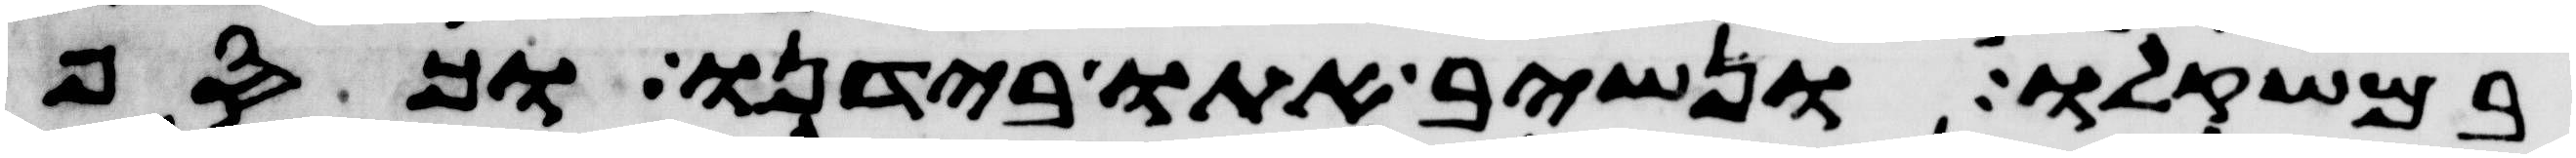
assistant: במשקלו ונשיב אתו בידנו וכסף